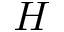
H